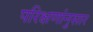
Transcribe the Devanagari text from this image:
परिक्षणांनुसार